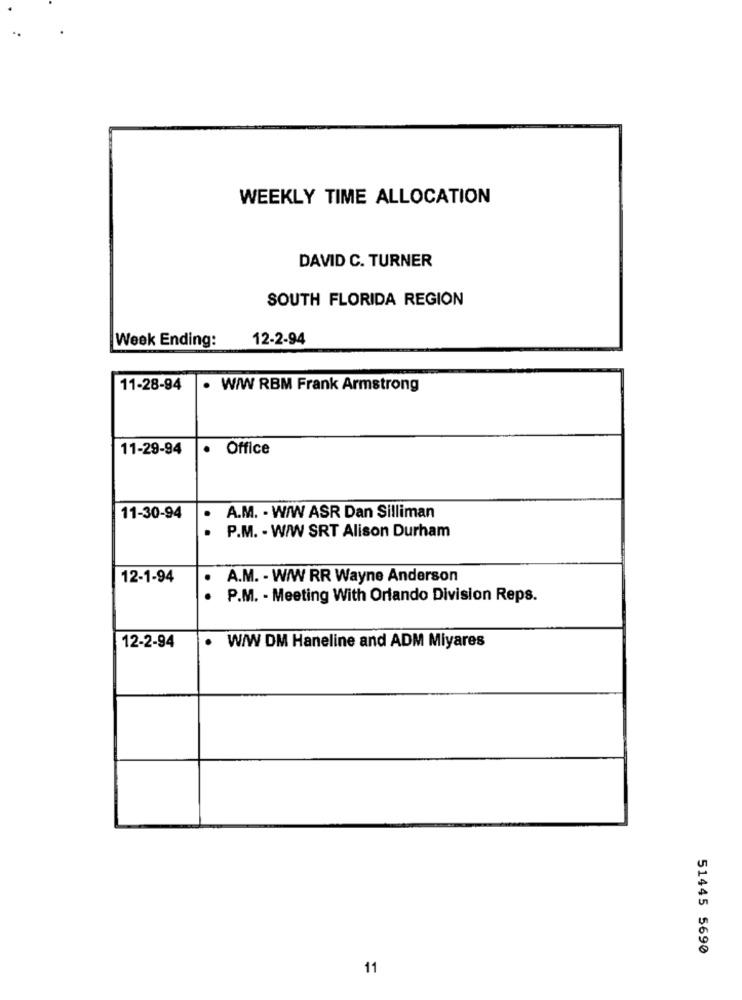
WEEKLY TIME ALLOCATION
DAVID C. TURNER
SOUTH FLORIDA REGION
Week Ending:
12-2-94
11-28-94
. W/W RBM Frank Armstrong
11-29-94
.
Office
11-30-94
.
A.M. - W/W ASR Dan Silliman
P.M. - W/W SRT Alison Durham
12-1-94
A.M. - W/W RR Wayne Anderson
. .
P.M. - Meeting With Orlando Division Reps.
12-2-94
. W/W DM Haneline and ADM Miyares
51445 5690
11